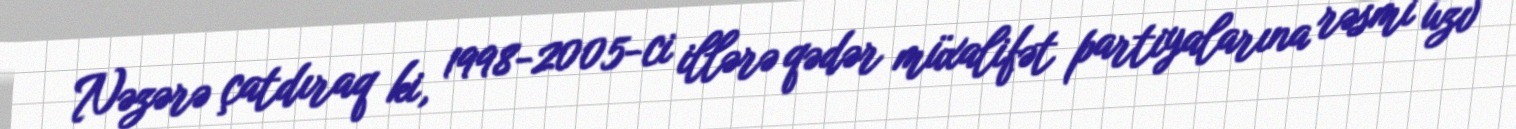
Nəzərə çatdıraq ki, 1998-2005-ci illərə qədər müxalifət partiyalarına rəsmi üzv